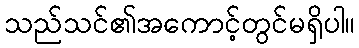
သည်သင်၏အကောင့်တွင်မရှိပါ။